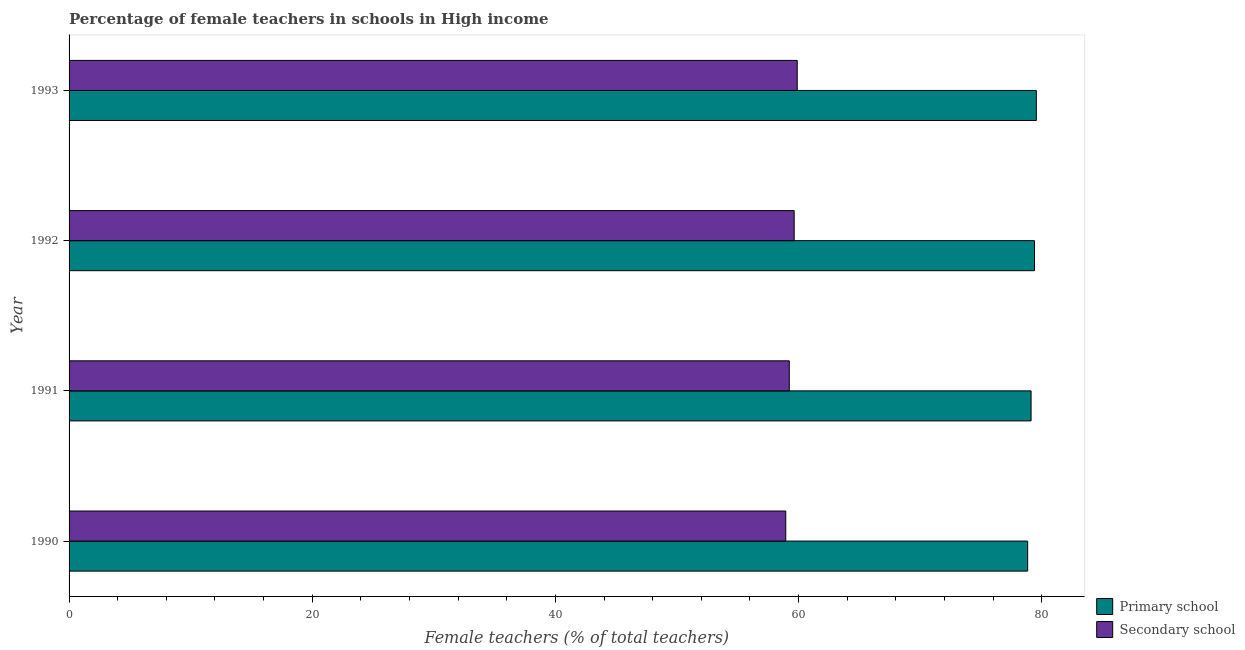
| Year | Primary school | Secondary school |
 | --- | --- | --- |
 | 1990 | 78.8 | 58.9 |
 | 1991 | 79.1 | 59.2 |
 | 1992 | 79.4 | 59.6 |
 | 1993 | 79.6 | 59.9 |